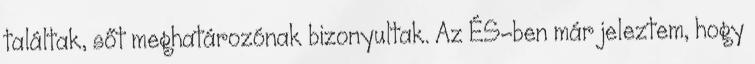
találtak, sőt meghatározónak bizonyultak. Az ÉS-ben már jeleztem, hogy